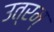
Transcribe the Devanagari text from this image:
उत्रम्